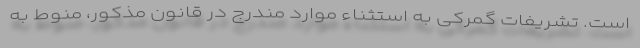
است. تشریفات گمرکی به استثناء موارد مندرج در قانون مذکور، منوط به